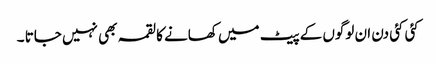
کئی کئی دن ان لوگوں کے پیٹ میں کھانے کا لقمہ بھی نہیں جاتا ۔